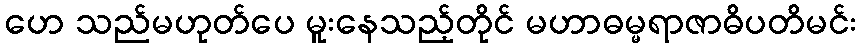
ဟေ သည်မဟုတ်ပေ မူးနေသည့်တိုင် မဟာဓမ္မရာဇာဓိပတိမင်း